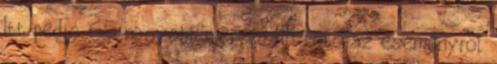
Itt pedig 65 nagyobb méretű MM fotó az eseményről